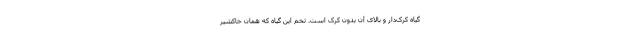
گیاه کرک‌دار و بالای آن بدون کرک است. تخم این گیاه که همان خاکشیر